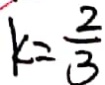
k = \frac { 2 } { 3 }